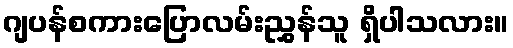
ဂျပန်စကားပြောလမ်းညွှန်သူ ရှိပါသလား။